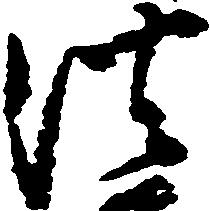
法